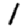
Digit: 1